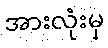
အားလုံးမှ